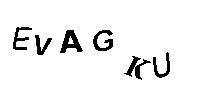
EVAGKU